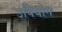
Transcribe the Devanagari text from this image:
उपियोग